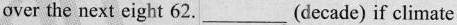
over the next eight 62. ___ (decade) if climate